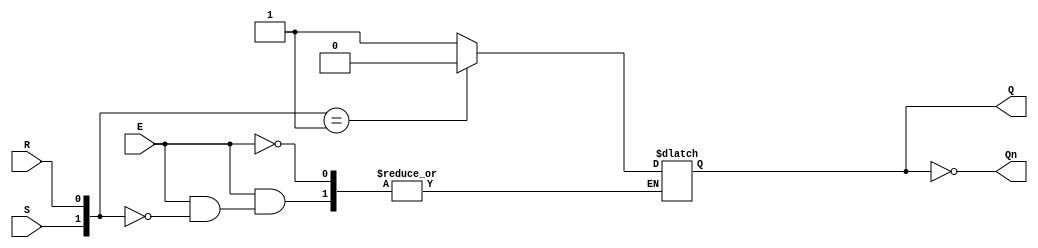
module gated_sr_latch (
    input wire S,     // Set input
    input wire R,     // Reset input
    input wire E,     // Enable input
    output reg Q,     // Output Q
    output wire Qn    // Complementary output (not Q)
);

    // Assign complementary output
    assign Qn = ~Q;

    always @(*) begin
        if (E) begin
            case ({S, R})
                2'b00: ;           // Maintain current state
                2'b10: Q = 1'b1;   // Set Q to 1
                2'b01: Q = 1'b0;   // Reset Q to 0
                2'b11: Q = 1'bx;   // Indeterminate state (invalid)
                default: Q = 1'bx; // Just in case, default to indeterminate
            endcase
        end
        // When E is 0, Q holds its previous value (no change)
    end

endmodule